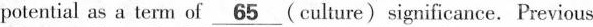
potential as a term of \underline{65}(culture) significance. Previous